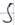
Text: S